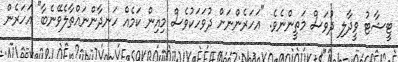
ޓީޝާޓު ވީދާލި ދުވަސް މަތީންނެވެ. "އަހަރެންނަށް ދުވަހަކުވެސް މިއިން ކަމެއް ހަނދާންނައްތާލެވޭނެބާ" އަހަރެން